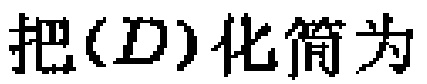
把\((D)\)化简为